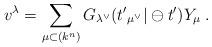
LaTeX: \begin{align*}v^{\lambda }=\sum_{\mu\subset (k^{n})}G_{\lambda ^{\vee }}(t\rq{}_{\mu^\vee }|\ominus t^{\prime })Y_{\mu }\;.\end{align*}